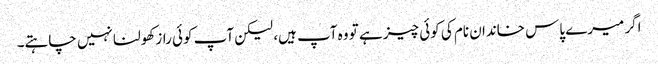
اگر میرے پاس خاندان نام کی کوئی چیز ہے تو وہ آپ ہیں، لیکن آپ کوئی راز کھولنا نہیں چاہتے۔